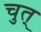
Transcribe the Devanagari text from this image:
चुत्